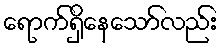
ရောက်ရှိနေသော်လည်း